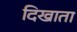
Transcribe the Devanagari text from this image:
दिखाता